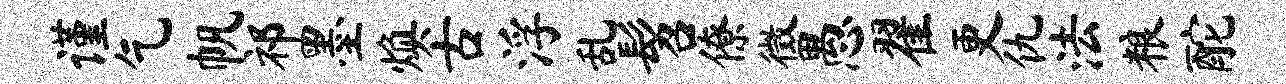
谨乞帆祁墨焕古浮乱髫僚徵愚翟更仇法粮酡